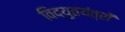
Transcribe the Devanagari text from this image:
विद्युतयंत्रों